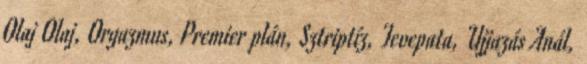
Olaj Olaj, Orgazmus, Premier plán, Sztriptíz, Tevepata, Ujjazás Anál,